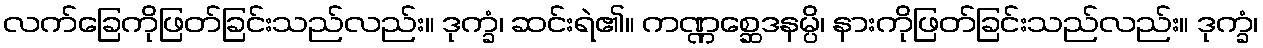
လက်ခြေကိုဖြတ်ခြင်းသည်လည်း။ ဒုက္ခံ၊ ဆင်းရဲ၏။ ကဏ္ဏစ္ဆေဒနမ္ပိ၊ နားကိုဖြတ်ခြင်းသည်လည်း။ ဒုက္ခံ၊